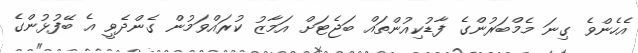
އެހެންވެ ގިނަ މެމްބަރުންގެ ފާޑުކިއުންތައް ބަޖެޓަށް އަމާޒު ކުރައްވަމުން ގެންދެވީ އެ ބޭފުޅުންގެ